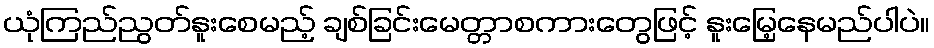
ယုံကြည်ညွတ်နူးစေမည့် ချစ်ခြင်းမေတ္တာစကားတွေဖြင့် နူးမြေ့နေမည်ပါပဲ။